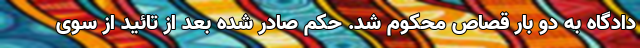
دادگاه به دو بار قصاص محکوم شد. حکم صادر شده بعد از تائید از سوی